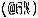
(@6%)